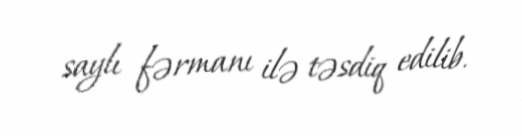
saylı fərmanı ilə təsdiq edilib.